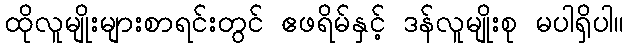
ထိုလူမျိုးများစာရင်းတွင် ဧဖရိမ်နှင့် ဒန်လူမျိုးစု မပါရှိပါ။